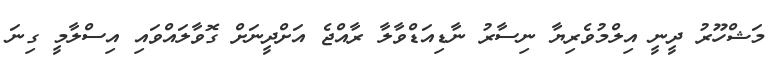
މަޝްހޫރު ދީނީ އިލްމުވެރިޔާ ނިސާރު ނާޑިއަޑްވާލާ ރާއްޖެ އަށްދީނަށް ގޮވާލައްވައި އިސްލާމީ ގިނަ